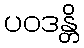
ပဝဒန္တိ